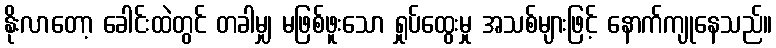
နိုးလာတော့ ခေါင်းထဲတွင် တခါမျှ မဖြစ်ဖူးသော ရှုပ်ထွေးမှု အသစ်များဖြင့် နောက်ကျုနေသည်။